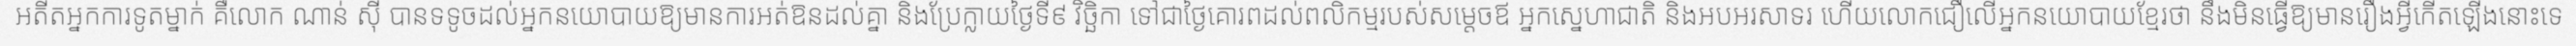
អតីតអ្នកការទូតម្នាក់ គឺលោក ណាន់ ស៊ី បានទទូចដល់អ្នកនយោបាយឱ្យមានការអត់ឱនដល់គ្នា និងប្រែក្លាយថ្ងៃទី៩ វិច្ឆិកា ទៅជាថ្ងៃគោរពដល់ពលិកម្មរបស់សម្តេចឪ អ្នកស្នេហាជាតិ និងអបអរសាទរ ហើយលោកជឿលើអ្នកនយោបាយខ្មែរថា នឹងមិនធ្វើឱ្យមានរឿងអ្វីកើតឡើងនោះទេ